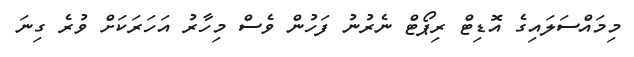
މިމައްސަލައިގެ އޮޑިޓް ރިޕޯޓް ނެރުނު ފަހުން ވެސް މިހާރު އަހަރަކަށް ވުރެ ގިނަ